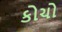
કોચો